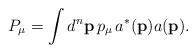
LaTeX: \begin{align*}P_{\mu}&= \int d^n \mathbf{p}\, p_{\mu}\, {a}^*(\mathbf{p}) {a}(\mathbf{p}).\end{align*}